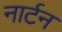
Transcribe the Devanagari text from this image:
नार्टन